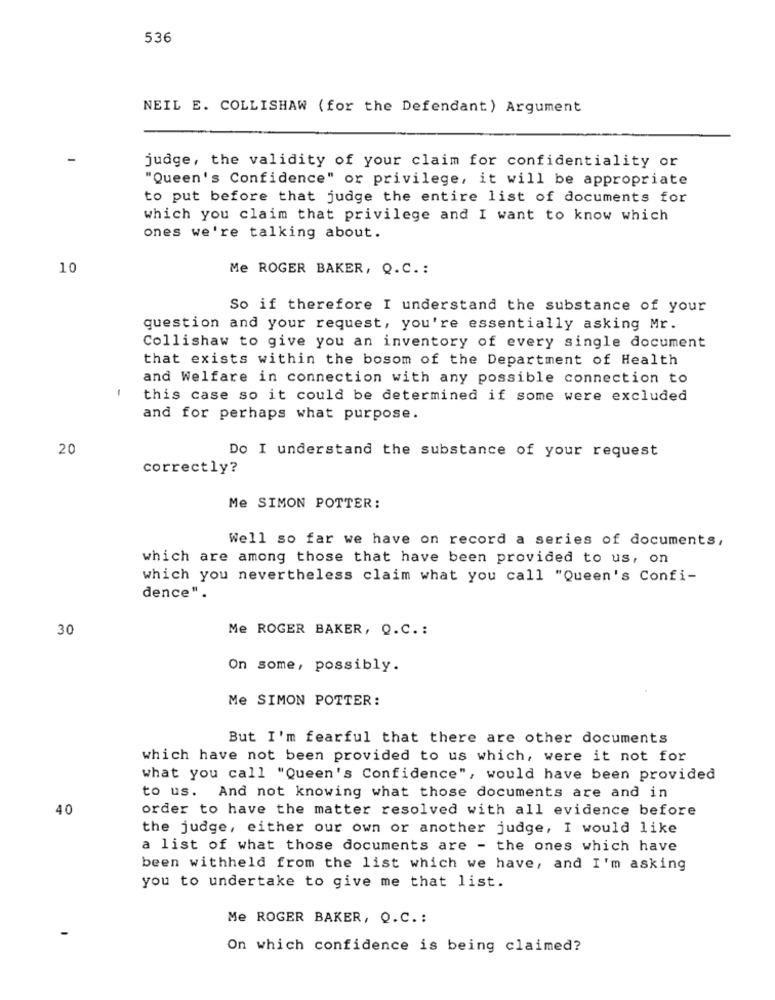
536
NEIL E. COLLISHAW (for the Defendant) Argument
judge, the validity of your claim for confidentiality or
"Queen's Confidence" or privilege, it will be appropriate
to put before that judge the entire list of documents for
which you claim that privilege and I want to know which
ones we're talking about.
10
Me ROGER BAKER, Q.C .:
So if therefore I understand the substance of your
question and your request, you're essentially asking Mr.
Collishaw to give you an inventory of every single document
that exists within the bosom of the Department of Health
and Welfare in connection with any possible connection to
-
this case so it could be determined if some were excluded
and for perhaps what purpose.
20
Do I understand the substance of your request
correctly?
Me SIMON POTTER:
Well so far we have on record a series of documents,
which are among those that have been provided to us, on
which you nevertheless claim what you call "Queen's Confi-
dence".
30
Me ROGER BAKER, Q.C. :
On some, possibly.
Me SIMON POTTER:
But I'm fearful that there are other documents
which have not been provided to us which, were it not for
what you call "Queen's Confidence", would have been provided
to us. And not knowing what those documents are and in
40
order to have the matter resolved with all evidence before
the judge, either our own or another judge, I would like
a list of what those documents are - the ones which have
been withheld from the list which we have, and I'm asking
you to undertake to give me that list.
Me ROGER BAKER, Q.C. :
On which confidence is being claimed?